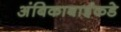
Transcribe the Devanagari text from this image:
अंबिकाबाईंकडे